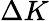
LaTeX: \Delta K